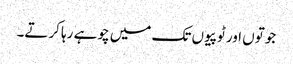
جوتوں اور ٹوپیوں تک میں چوہے رہا کرتے۔